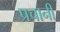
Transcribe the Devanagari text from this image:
प्रचानी